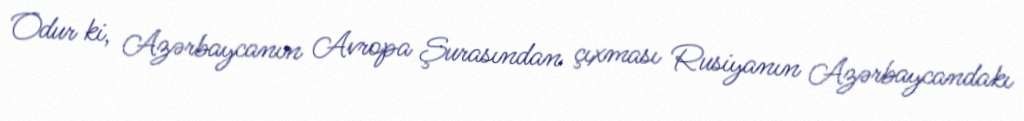
Odur ki, Azərbaycanın Avropa Şurasından çıxması Rusiyanın Azərbaycandakı